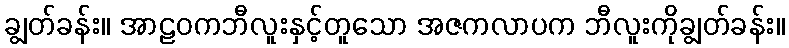
ချွတ်ခန်း။ အာဠဝကဘီလူးနှင့်တူသော အဇကလာပက ဘီလူးကိုချွတ်ခန်း။